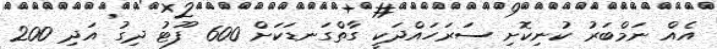
އެއް ނަމްބަރު ކުނިކޮށި ސަރަހައްދަކީ ގާތްގަނޑަކަށް 600 ފޫޓު ދިގު އަދި 200